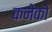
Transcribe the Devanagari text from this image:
कनेको